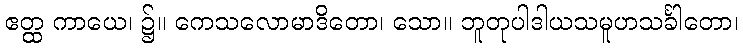
ဧတ္ထ ကာယေ၊ ၌။ ကေသလောမာဒိတော၊ သော။ ဘူတုပါဒါယသမူဟသင်္ခါတော၊